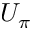
U _ { \pi }